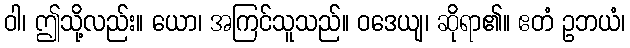
ဝါ၊ ဤသို့လည်း။ ယော၊ အကြင်သူသည်။ ဝဒေယျ၊ ဆိုရာ၏။ ဧတံ ဥဘယံ၊